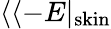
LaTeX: \langle\langle-E|_{\mathrm{skin}}